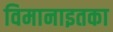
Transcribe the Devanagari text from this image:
विमानाइतका